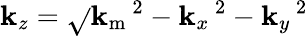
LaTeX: \mathbf{k}_{z}=\sqrt{}{{\mathbf{k}_{\mathrm{{m}}}\, \! \! \, \! \, \, \! \, \, \! \! \, \! \, \, \! \! \, \! \! \, \! \, \, \! \! \, \! \! \, \! \, \, \! \, \, \! \! \, \! \, \, \! \! \, \! \! \, \! \, \, \! \, \, \! \! \, \! \, \, \! \, \, \! \! \, \! \, \, \! \! \, \! \! \, \! \, \, \! \, \, \! \! \, \! \, \, \! \, \, \! \! ^{2}-\mathbf{k}_{x}\, \! \! \, \! \, \, \! \, \, \! \! \, \! \, \, \! \! \, \! \! \, \! \, \, \! \! \, \! \! \, \! \, \, \! \, \, \! \! \, \! \, \, \! \! \, \! \! \, \! \, \, \! \, \, \! \! \, \! \, \, \! \, \, \! \! \, \! \, \, \! \! \, \! \! \, \! \, \, \! \, \, \! \! \, \! \, \, \! \, \, \! \! ^{2}-\mathbf{k}_{y}\, \! \! \, \! \, \, \! \, \, \! \! \, \! \, \, \! \! \, \! \! \, \! \, \, \! \! \, \! \! \, \! \, \, \! \, \, \! \! \, \! \, \, \! \! \, \! \! \, \! \, \, \! \, \, \! \! \, \! \, \, \! \, \, \! \! \, \! \, \, \! \! \, \! \! \, \! \, \, \! \, \, \! \! \, \! \, \, \! \, \, \! \! ^{2}}}